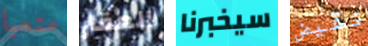
متعبا العقار سيخبرنا نقيض